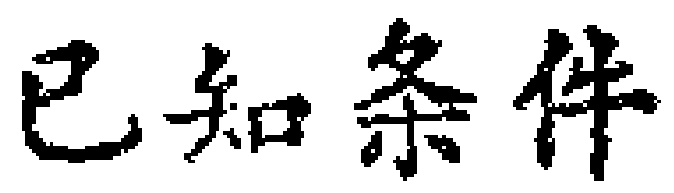
已知条件